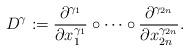
LaTeX: \begin{align*}D^\gamma:=\frac{\partial^{\gamma_1}}{\partial x_1^{\gamma_1}}\circ\cdots\circ \frac{\partial^{\gamma_{2n}}}{\partial x_{2n}^{\gamma_{2n}}}.\end{align*}